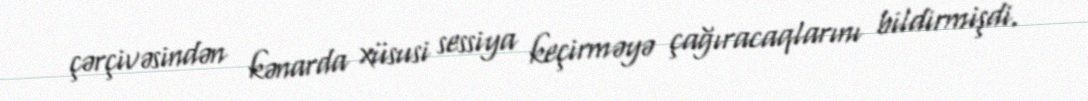
çərçivəsindən kənarda xüsusi sessiya keçirməyə çağıracaqlarını bildirmişdi.